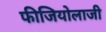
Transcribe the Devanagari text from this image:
फीजियोलाजी